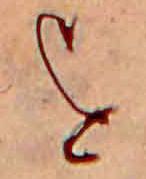
を